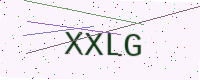
Text: XXLG